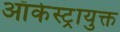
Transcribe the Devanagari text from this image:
ऑर्केस्ट्रायुक्त